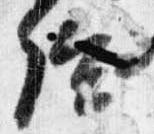
給